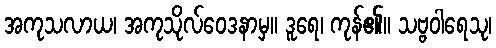
အကုသလာယ၊ အကုသိုလ်ဝေဒနာမှ။ ဒူရေ၊ ကုန်၏။ သဗ္ဗဝါရေသု၊